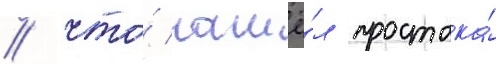
/ что́ нашё́л простака́